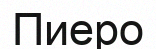
Пиеро